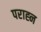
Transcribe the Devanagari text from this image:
पराह्न